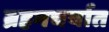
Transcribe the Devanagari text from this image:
ब्रहमचर्यात